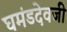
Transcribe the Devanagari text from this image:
घमंडदेवजी